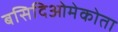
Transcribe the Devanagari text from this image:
बसिदिओमेकोता